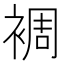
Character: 裯